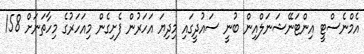
އެމްނެސްޓީ އިންޓަނޭޝަނަލްއިން ބުނީ ސައުދީގައި މިދިޔަ އަހަރުން ފެށިގެން މިއަހަރުގެ މިހާތަނަށް 158